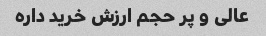
عالی و پر حجم ارزش خرید داره